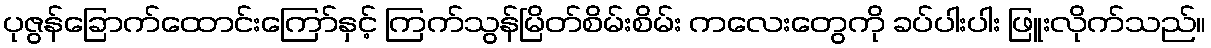
ပုဇွန်ခြောက်ထောင်းကြော်နှင့် ကြက်သွန်မြိတ်စိမ်းစိမ်း ကလေးတွေကို ခပ်ပါးပါး ဖြူးလိုက်သည်။